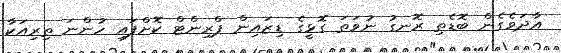
އާދަވެގެން ބޮޑެތި ރޮނގު ނުވަތަ ގޮޅީގެ ޑިޒައިން ޕްރިންޓް ކޮށްފައި ހުންނަ ތިރިއަކާ